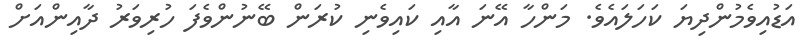
އަޑުއިވެމުންދިޔަ ކަހަލައެވެ. މަންހާ އޭނަ އާއި ކައިވެނި ކުރަން ބޭނުންވެފަ ހުރިވަރު ދާއިންއަށް